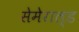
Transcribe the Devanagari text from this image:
सेमेराल्ड